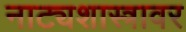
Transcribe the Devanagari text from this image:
नाट्यशास्त्रावर